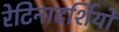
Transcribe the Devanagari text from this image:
रेटिनादर्शियों